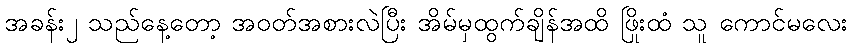
အခန်း၂ သည်နေ့တော့ အဝတ်အစားလဲပြီး အိမ်မှထွက်ချိန်အထိ ဖြိုးထံ သူ ကောင်မလေး